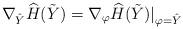
LaTeX: \begin{align*}\nabla_{\hat{Y}} \widehat{H}(\tilde{Y})=\nabla_{\varphi} \widehat{H}(\tilde{Y})|_{\varphi=\hat{Y}}\end{align*}